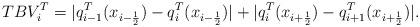
LaTeX: \begin{align*}TBV_{i}^{T}=|q^{T}_{i-1}(x_{i-\frac{1}{2}})-q^{T}_{i}(x_{i-\frac{1}{2}})|+|q^{T}_{i}(x_{i+\frac{1}{2}})-q^{T}_{i+1}(x_{i+\frac{1}{2}})|. \end{align*}